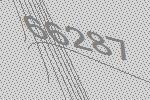
66287